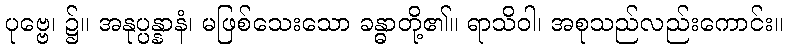
ပုဗ္ဗေ၊ ၌။ အနုပ္ပန္နာနံ၊ မဖြစ်သေးသော ခန္ဓာတို့၏။ ရာသိဝါ၊ အစုသည်လည်းကောင်း။